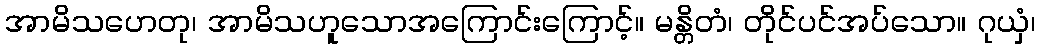
အာမိသဟေတု၊ အာမိသဟူသောအကြောင်းကြောင့်။ မန္တိတံ၊ တိုင်ပင်အပ်သော။ ဂုယှံ၊